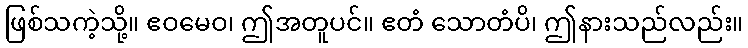
ဖြစ်သကဲ့သို့။ ဧဝမေဝ၊ ဤအတူပင်။ ဧတံ သောတံပိ၊ ဤနားသည်လည်း။